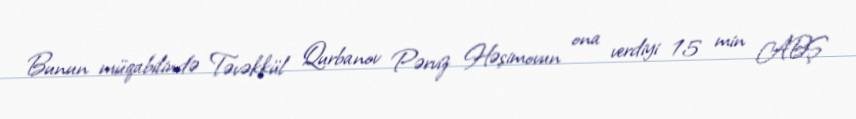
Bunun müqabilində Təvəkkül Qurbanov Pərviz Həşimovun ona verdiyi 15 min ABŞ